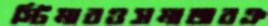
স্টিমারওসমাজবঞ